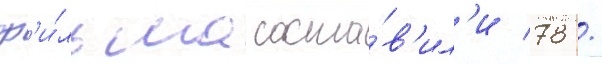
ф'и́льма соста́в'ил'и 78 /